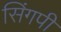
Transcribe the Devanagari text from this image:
सिंगपी